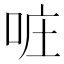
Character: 𠲕